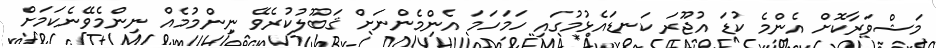
މަޝްވަރާކޮށް އެންމެ ކުޑަ އުޖޫރަ ކަނޑައެޅުމުގައި ހަމަހަމަ އެންމެންނަށް ޤަބޫލުކުރެވޭ ނިންމުމެއް ނިންމެވޭނެކަމަށް